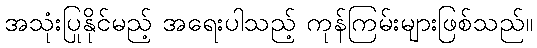
အသုံးပြုနိုင်မည့် အရေးပါသည့် ကုန်ကြမ်းများဖြစ်သည်။